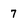
Character: 7